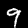
Digit: 9